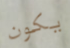
يكون